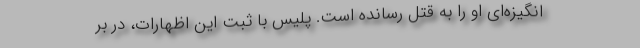
انگیزه‌ای او را به قتل رسانده است. پلیس با ثبت این اظهارات، در بر